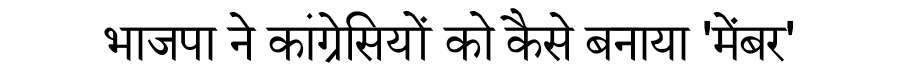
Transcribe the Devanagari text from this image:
भाजपा ने कांग्रेसियों को कैसे बनाया 'मेंबर'